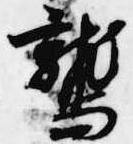
鷲